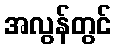
အလွန်တွင်